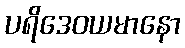
ပရိဒေဝယမာနော